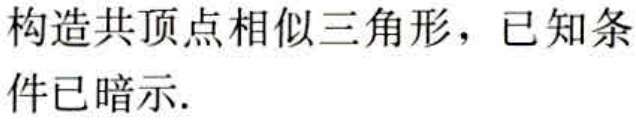
构造共顶点相似三角形，已知条件已暗示.